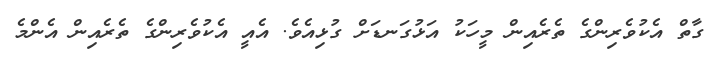
ގާތް އެކުވެރިންގެ ތެރެއިން މީހަކު އަޅުގަނޑަށް ގުޅިއެވެ. އެއީ އެކުވެރިންގެ ތެރެއިން އެންމެ